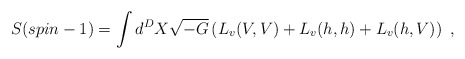
\begin{align*}S(spin-1)= \int d^D X \sqrt{-G}\left(L_v(V,V)+ L_v(h,h)+ L_v(h,V)\right)~,\end{align*}